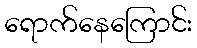
ရောက်နေကြောင်း